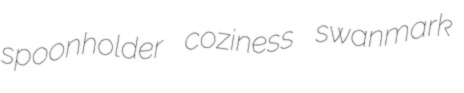
spoonholder coziness swanmark